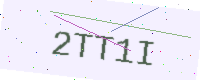
Text: 2TT1I